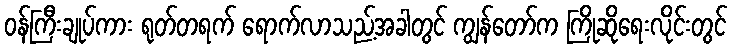
ဝန်ကြီးချုပ်ကား ရုတ်တရက် ရောက်လာသည့်အခါတွင် ကျွန်တော်က ကြိုဆိုရေးလိုင်းတွင်